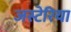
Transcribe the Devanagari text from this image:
जस्टेरिया